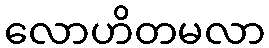
လောဟိတမလာ